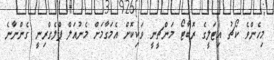
މިހެންވެ ކޯޗު އިޓަލީގެ ރޮބާޓޯ މަންޗީނީ ވަކިކޮށް އެމަގާމަށް މެނުއަލް ޕްލެގްރިނީ ގެންނާނެ